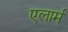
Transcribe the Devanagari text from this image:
एलार्म